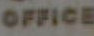
OFFICE